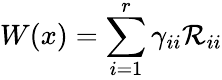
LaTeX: W(x)=\sum_{i=1}^{r}\gamma_{ii}\mathcal{R}_{ii}